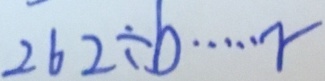
2 6 2 \div b \cdots r